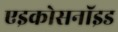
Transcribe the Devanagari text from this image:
एइकोसनॉइड